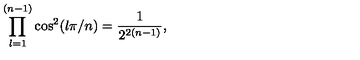
\prod _ { l = 1 } ^ { ( n - 1 ) } \cos ^ { 2 } ( l \pi / n ) = { \frac { 1 } { 2 ^ { 2 ( n - 1 ) } } } ,